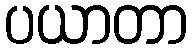
ပယာတာ